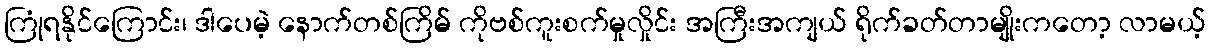
ကြုံရနိုင်ကြောင်း၊ ဒါပေမဲ့ နောက်တစ်ကြိမ် ကိုဗစ်ကူးစက်မှုလှိုင်း အကြီးအကျယ် ရိုက်ခတ်တာမျိုးကတော့ လာမယ့်